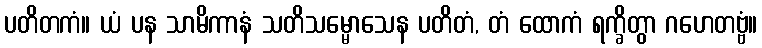
ပတိတကံ။ ယံ ပန သာမိကာနံ သတိသမ္မောသေန ပတိတံ, တံ ထောကံ ရက္ခိတွာ ဂဟေတဗ္ဗံ။